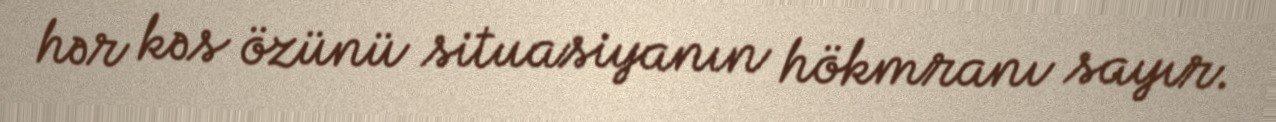
hər kəs özünü situasiyanın hökmranı sayır.